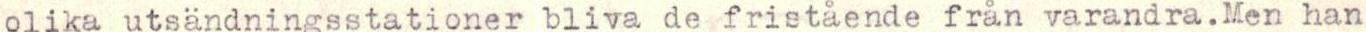
olika utsändningsstationer bliva de fristående från varandra.Men han